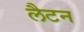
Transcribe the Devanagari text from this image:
लैटन